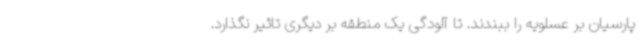
پارسیان بر عسلویه را ببندند. تا آلودگی یک منطقه بر دیگری تاثیر نگذارد.